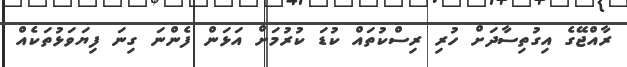
ރާއްޖޭގެ އިގުތިސާދަށް ހުރި ރިސްކުތައް ކުޑަ ކުރުމަށް އަޅަން ފެންނަ ގިނަ ފިޔަވަޅުތަކެއް